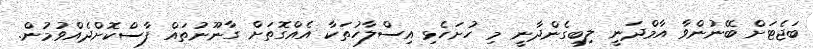
ބަޖެޓަށް ބޭނުންވާ އާމްދަނީ ލިބިގެންދާނީ މި ހުށަހެޅި އިސްލާހުތަކާ އެއްގޮތަށް ގާނޫނުތައް ފާސްކޮށްދެއްވުމުން.